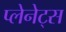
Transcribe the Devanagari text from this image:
प्लेनेट्स